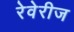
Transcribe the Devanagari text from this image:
रेवेरीज